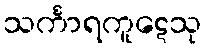
သင်္ကာရကူဋေသု